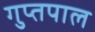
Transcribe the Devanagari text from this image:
गुप्तपाल